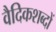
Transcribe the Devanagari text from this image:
वैदिकशब्दों